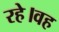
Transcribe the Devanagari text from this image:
रहे।वह